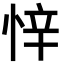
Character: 𭝅